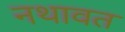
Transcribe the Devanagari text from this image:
नथावत